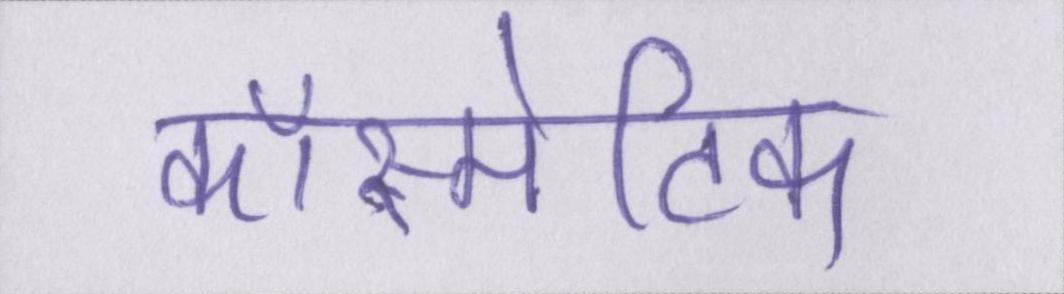
कॉस्मेटिक